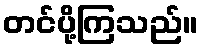
တင်ပို့ကြသည်။